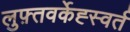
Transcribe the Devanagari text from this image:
लुफ़्तवर्केह्स्वर्त